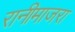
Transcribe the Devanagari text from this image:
रानीमाजरा